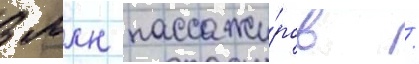
3 млн пассажи́ров /